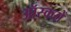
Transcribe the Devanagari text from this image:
ऑस्करों